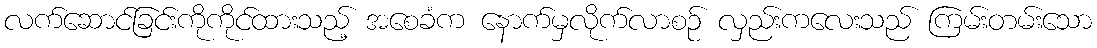
လက်ဆောင်ခြင်းကိုကိုင်ထားသည့် အစေခံက နောက်မှလိုက်လာစဉ် လှည်းကလေးသည် ကြမ်းတမ်းသော